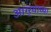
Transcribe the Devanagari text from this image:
आग्‍र्‍याच्या